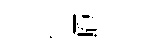
湿庖